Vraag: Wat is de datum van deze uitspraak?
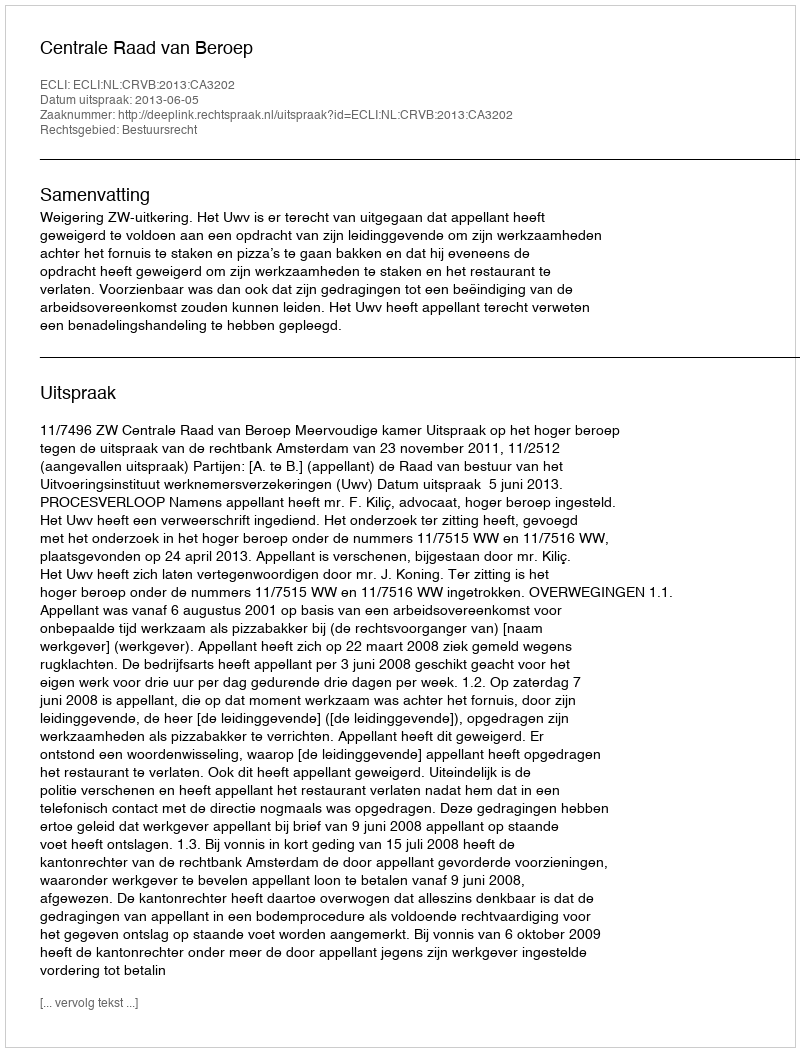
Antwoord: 2013-06-05